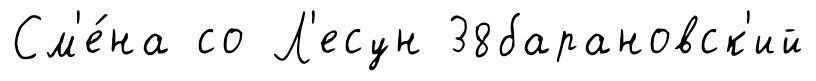
См'е́на со Л'есун 38барановск'ий